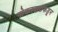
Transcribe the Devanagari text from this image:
नोकरदारांकडून